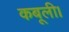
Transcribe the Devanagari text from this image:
कबूली।